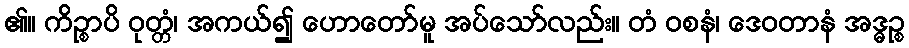
၏။ ကိဉ္စာပိ ဝုတ္တံ၊ အကယ်၍ ဟောတော်မူ အပ်သော်လည်း။ တံ ဝစနံ၊ ဒေဝတာနံ အဒ္ဓဉ္စ